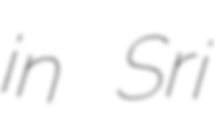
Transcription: in Sri